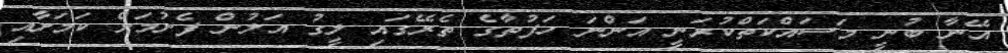
އޭނާ ބުނީ މަސައްކަތްކުރަނީ އަންނަ ހަފުތާގެ ތެރޭގައި ލީގު އަލުން ފެށުމަށް ކަމަށާއި